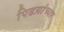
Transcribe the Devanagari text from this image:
पिढय़ांच्या